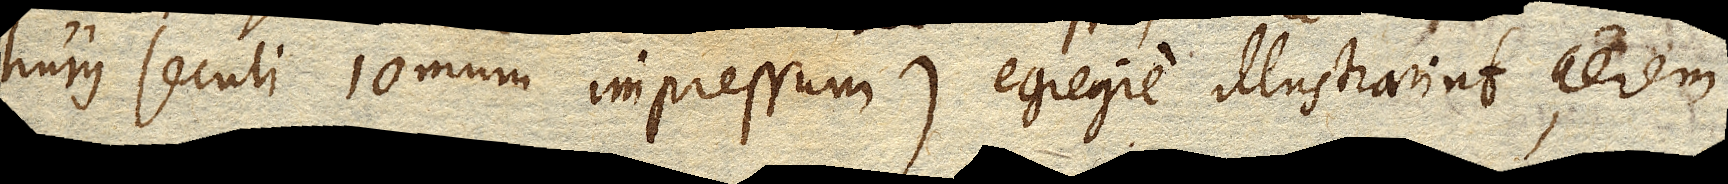
hujus seculi 10mum impressum) egregie illustrarint, aerem